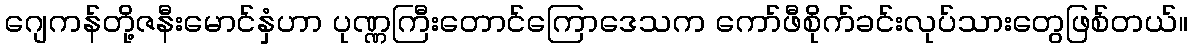
ဂျေကန်တို့ဇနီးမောင်နှံဟာ ပုဏ္ဏကြီးတောင်ကြောဒေသက ကော်ဖီစိုက်ခင်းလုပ်သားတွေဖြစ်တယ်။